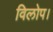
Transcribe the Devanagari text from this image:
विलोप।